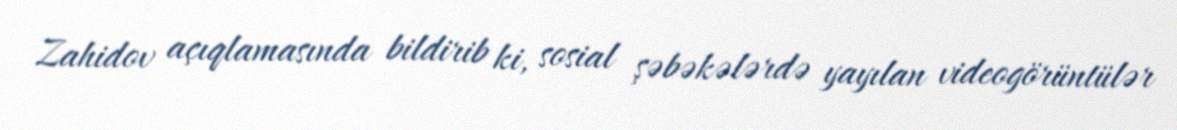
Zahidov açıqlamasında bildirib ki, sosial şəbəkələrdə yayılan videogörüntülər